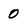
Character: 0